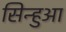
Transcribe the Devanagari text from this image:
सिन्हुआ